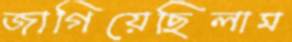
জাগিয়েছিলাম